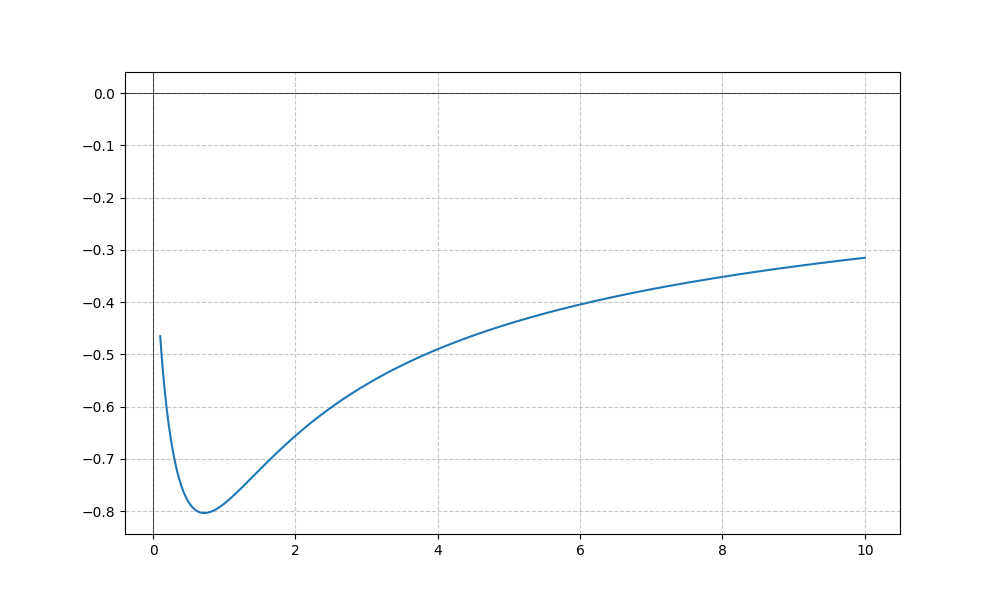
LaTeX formula: - \sqrt{x} \operatorname{acot}{\left(x \right)}